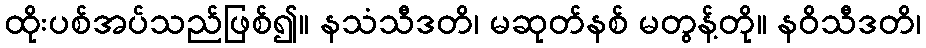
ထိုးပစ်အပ်သည်ဖြစ်၍။ နသံသီဒတိ၊ မဆုတ်နစ် မတွန့်တို။ နဝိသီဒတိ၊